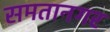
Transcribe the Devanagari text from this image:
समतानगर